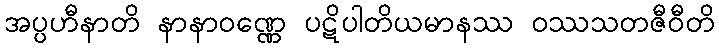
အပ္ပဟီနာတိ နာနာဝဏ္ဏေ ပဋိပါတိယမာနဿ ဝဿသတဇီဝီတိ